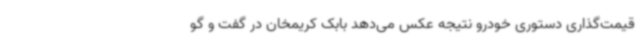
قیمت‌گذاری دستوری خودرو نتیجه عکس می‌دهد بابک کریمخان در گفت و گو